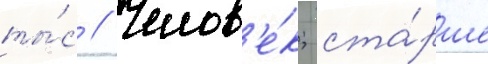
ты́с // Челов'е́к; ста́рше